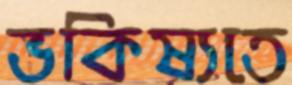
ভকিষ্যতে